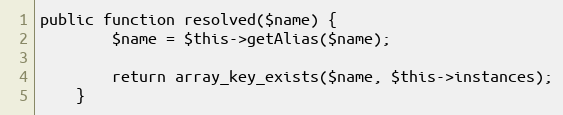
Language: PHP
public function resolved($name) {
		$name = $this->getAlias($name);

		return array_key_exists($name, $this->instances);
	}